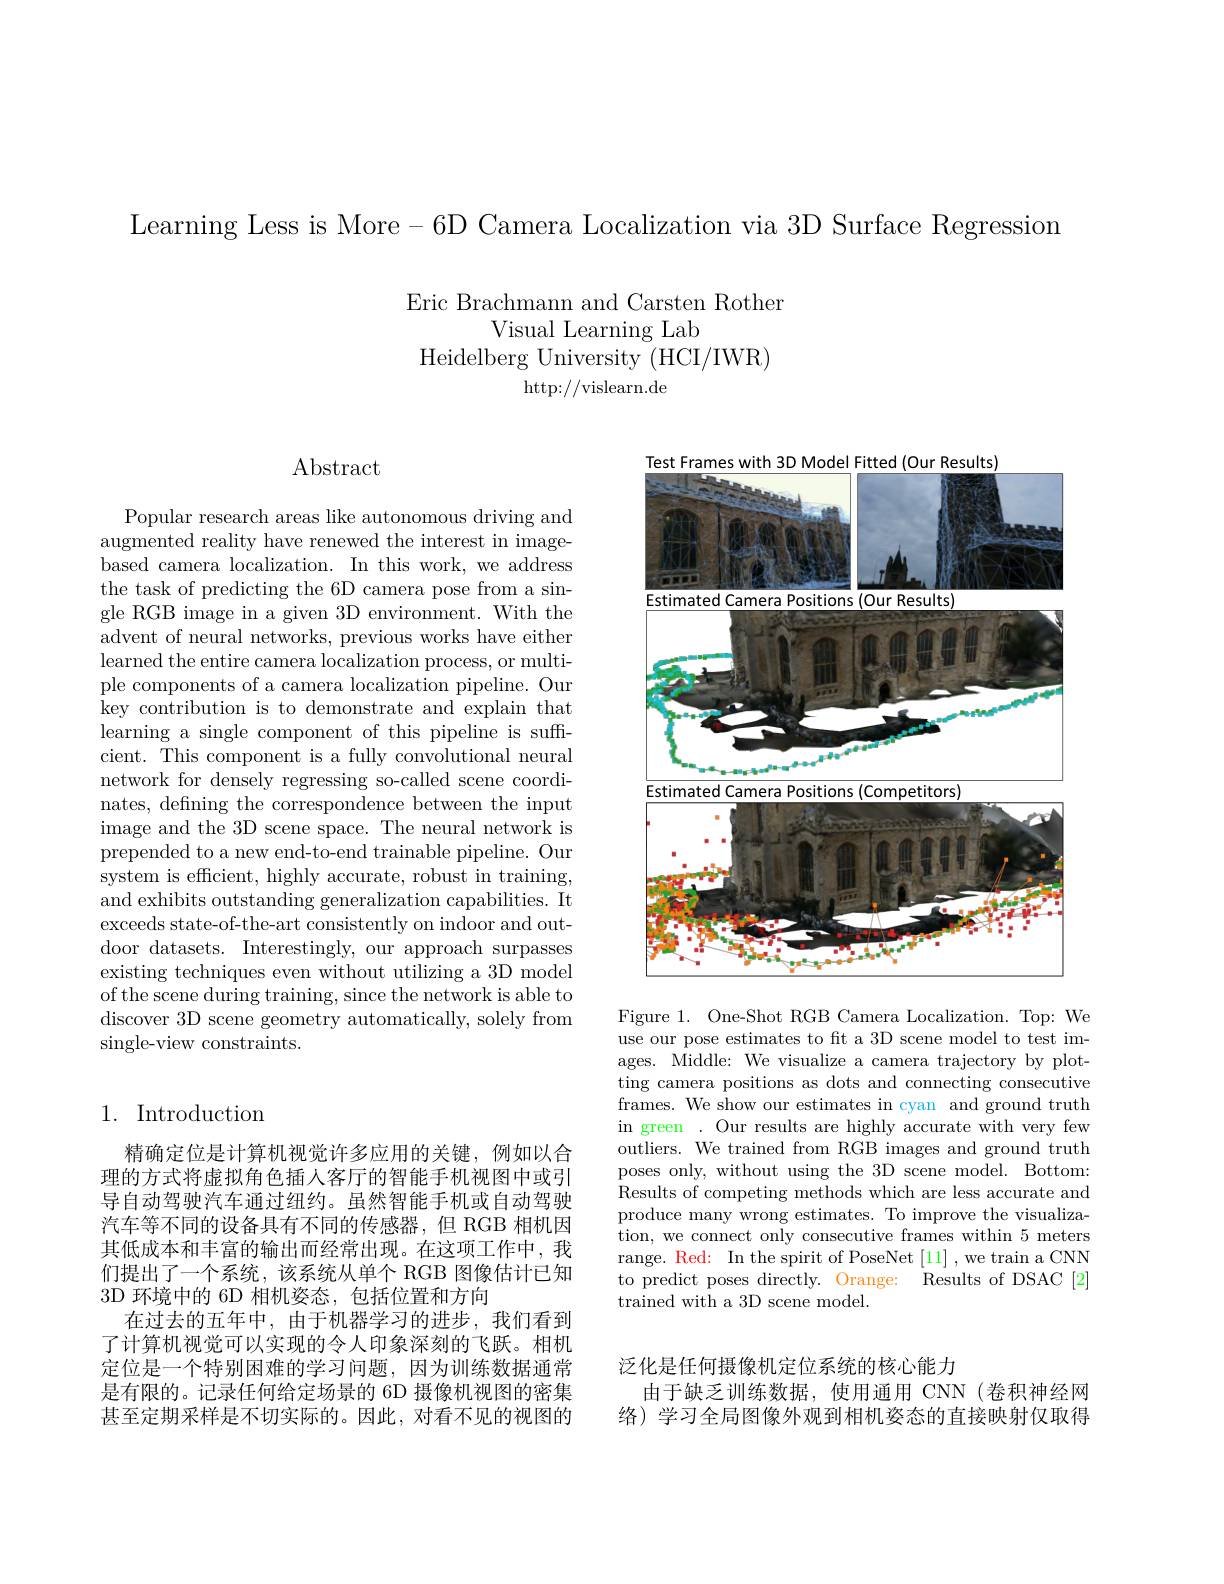
Learning Less is More-6D Camera Localization via 3D Surface Regression

Eric Brachmann and Carsten Rother

Visual Learning Lab

Heidelberg University (HCI/IWR)

http: / / vislearn. de

## Abstract

Popular research areas like autonomous driving and augmented reality have renewed the interest in imagebased camera localization. In this work, we address the task of predicting the 6D camera pose from a single RGB image in a given 3D environment. With the advent of neural networks, previous works have either learned the entire camera localization process, or multiple components of a camera localization pipeline. Our key contribution is to demonstrate and explain that learning a single component of this pipeline is suffcient. This component is a fully convolutional neural network for densely regressing so-called scene coordinates, defining the correspondence between the input image and the 3D scene space. The neural network is prepended to a new end-to-end trainable pipeline. Our system is efficient, highly accurate, robust in training, and exhibits outstanding generalization capabilities. It exceeds state-of-the-art consistently on indoor and outdoor datasets. Interestingly, our approach surpasses existing techniques even without utilizing a 3D model of the scene during training, since the network is able to discover 3D scene geometry automatically, solely from $\operatorname{single-view}$constraints.

## 1. Introduction

精确定位是计算机视觉许多应用的关键，例如以合理的方式将虚拟角色插人客厅的智能手机视图中或引导自动驾驶汽车通过纽约。虽然智能手机或自动驾驶汽车等不同的设备具有不同的传感器，但 RGB 相机因其低成本和丰富的输出而经常出现。在这项工作中，我们提出了一个系统，该系统从单个 RGB 图像估计已知3D 环境中的 6D 相机姿态，包括位置和方向
在过去的五年中，由于机器学习的进步，我们看到了计算机视觉可以实现的令人印象深刻的飞跃。相机定位是一个特别困难的学习问题，因为训练数据通常是有限的。记录任何给定场景的 6D 摄像机视图的密集甚至定期采样是不切实际的。因此，对看不见的视图的

<FigureHere>

Figure 1. One-Shot RGB Camera Localization. Top: We use our pose estimates to ft a 3D scene model to test images. Middle: We visualize a camera trajectory by plotting camera positions as dots and connecting consecutive frames. We show our estimates in cyan and ground truth in green . Our results are highly accurate with very few outliers. We trained from RGB images and ground truth poses only, without using the 3D scene model. Bottom: Results of competing methods which are less accurate and produce many wrong estimates. To improve the visualization, we connect only consecutive frames within 5 meters range. Red: In the spirit of PoseNet [11] ,we train a CNN to predict poses directly. Orange: Results of DSAC [2] trained with a 3D scene model.

泛化是任何摄像机定位系统的核心能力
由于缺乏训练数据，使用通用 CNN(卷积神经网络) 学习全局图像外观到相机姿态的直接映射仅取得